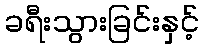
ခရီးသွားခြင်းနှင့်